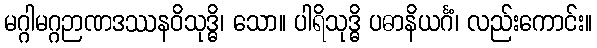
မဂ္ဂါမဂ္ဂဉာဏဒဿနဝိသုဒ္ဓိ၊ သော။ ပါရိသုဒ္ဓိ ပဓာနိယင်္ဂံ၊ လည်းကောင်း။